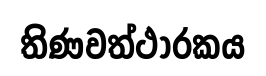
තිණවත්ථාරකය